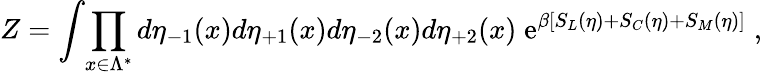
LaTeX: Z=\int\! \prod_{x\in\Lambda^{*}}d\eta_{-1}(x)d\eta_{+1}(x)d\eta_{-2}(x)d\eta_{+2}(x)\; \mathrm{e}^{\beta[S_{L}(\eta)+S_{C}(\eta)+S_{M}(\eta)]}\; ,